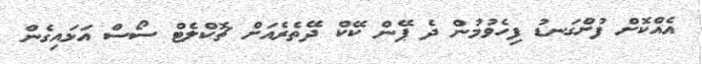
އެއްކޮށް ފުށްގަނޑު ފިހެވުމުން ދެ ޕޭން ކޭކް ދޭތެރެއަށް ޗޮކްލެޓް ސޯސް އަޅައިގެން